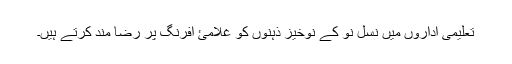
تعلیمی اداروں میں نسل نو کے نوخیز ذہنوں کو غلامئ افرنگ پر رضا مند کرتے ہیں۔